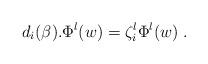
LaTeX: \begin{align*}d_i(\beta).\Phi^{\l}(w) = \zeta^{\l}_i\Phi^{\l}(w) \; . \end{align*}